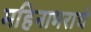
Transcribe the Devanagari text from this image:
महिनाभराचे